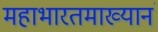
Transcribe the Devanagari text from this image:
महाभारतमाख्यानं